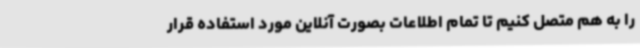
را به هم متصل کنیم تا تمام اطلاعات بصورت آنلاین مورد استفاده قرار